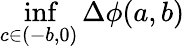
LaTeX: \operatorname*{inf}_{c\in(-b,0)}\Delta\phi(a,b)